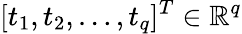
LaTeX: [t_{1},t_{2},\ldots,t_{q}]^{T}\in\mathbb{R}^{q}